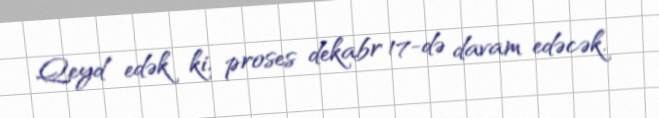
Qeyd edək ki, proses dekabr 17-də davam edəcək.